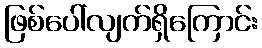
ဖြစ်ပေါ်လျက်ရှိကြောင်း